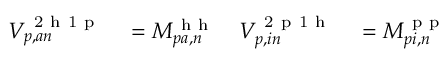
\begin{array} { r l r l } { V _ { p , a n } ^ { \mathrm { ~ 2 ~ h ~ 1 ~ p ~ } } } & { { } = M _ { p a , n } ^ { \mathrm { ~ h ~ h ~ } } } & { V _ { p , i n } ^ { \mathrm { ~ 2 ~ p ~ 1 ~ h ~ } } } & { { } = M _ { p i , n } ^ { \mathrm { ~ p ~ p ~ } } } \end{array}